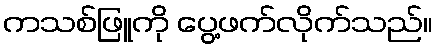
ကသစ်ဖြူကို ပွေ့ဖက်လိုက်သည်။